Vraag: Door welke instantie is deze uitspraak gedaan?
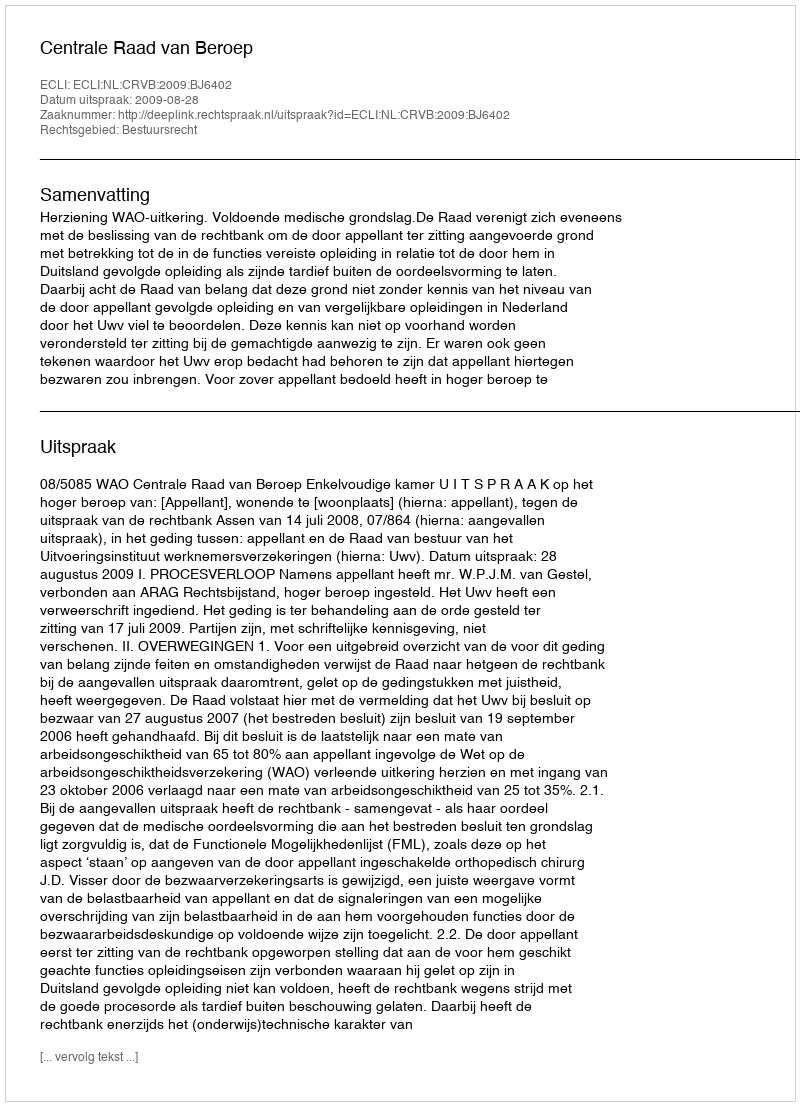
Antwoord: Centrale Raad van Beroep